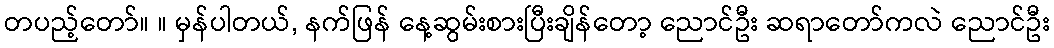
တပည့်တော်။ ။ မှန်ပါတယ်, နက်ဖြန် နေ့ဆွမ်းစားပြီးချိန်တော့ ညောင်ဦး ဆရာတော်ကလဲ ညောင်ဦး